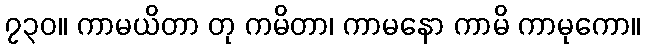
၇၃၀။ ကာမယိတာ တု ကမိတာ၊ ကာမနော ကာမိ ကာမုကော။